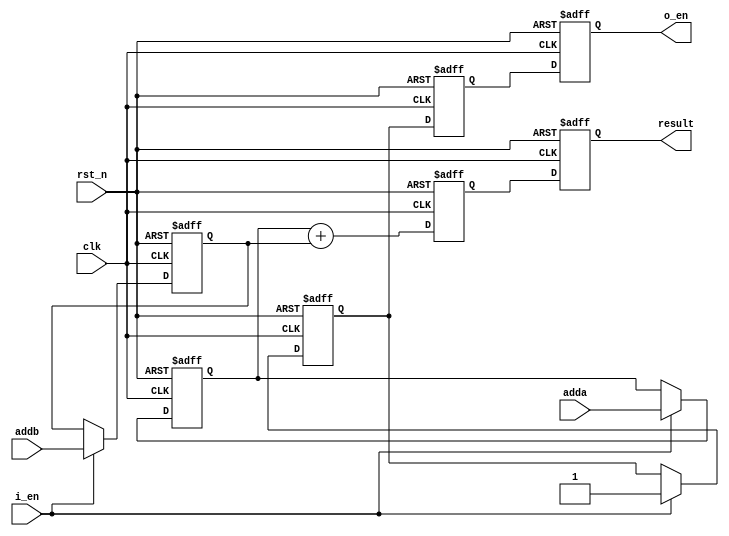
module adder_pipe_64bit(
    input clk,          // Clock input
    input rst_n,        // Active low reset signal
    input i_en,         // Enable signal for addition operation
    input [63:0] adda,  // 64-bit input operand A
    input [63:0] addb,  // 64-bit input operand B
    output reg [64:0] result, // 65-bit output representing the sum of adda and addb
    output reg o_en           // Output enable signal
);

    // Intermediate registers for pipeline stages
    reg [63:0] reg_adda_stage1, reg_addb_stage1;
    reg [64:0] reg_sum_stage2;
    reg reg_i_en_stage1, reg_i_en_stage2;

    // Combinational logic for addition
    wire [64:0] sum_stage1; // 65-bit to store sum and carry out

    // First stage addition
    assign sum_stage1 = reg_adda_stage1 + reg_addb_stage1;

    // Sequential logic for registers
    always @(posedge clk or negedge rst_n) begin
        if (!rst_n) begin
            // Reset all registers and output enable
            reg_adda_stage1 <= 0;
            reg_addb_stage1 <= 0;
            reg_sum_stage2 <= 0;
            reg_i_en_stage1 <= 0;
            reg_i_en_stage2 <= 0;
            o_en <= 0;
            result <= 0;
        end else begin
            // Pipeline stage 1
            if (i_en) begin
                reg_adda_stage1 <= adda; // Load inputs into pipeline stage 1
                reg_addb_stage1 <= addb;
                reg_i_en_stage1 <= i_en; // Enable signal for stage 1
            end

            // Pipeline stage 2
            reg_sum_stage2 <= sum_stage1; // Output of adder goes into stage 2
            reg_i_en_stage2 <= reg_i_en_stage1; // Enable signal for stage 2

            // Result and output enable
            result <= reg_sum_stage2; // Result is stored in output register
            o_en <= reg_i_en_stage2;  // Output enable signal
        end
    end

endmodule